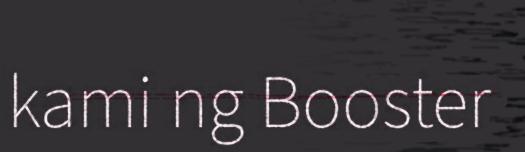
kami ng Booster